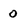
Character: 0